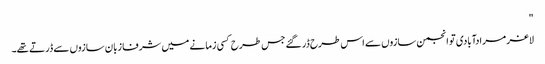
"
لاغر مرادآبادی تو انجمن سازوں سے اس طرح ڈر گئے جس طرح کسی زمانے میں شرفا زبان سازوں سے ڈرتے تھے۔